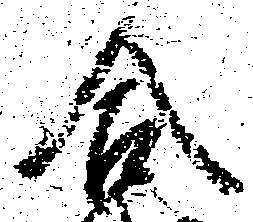
合